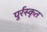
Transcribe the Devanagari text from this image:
पुर्रस्कृत